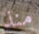
منذ